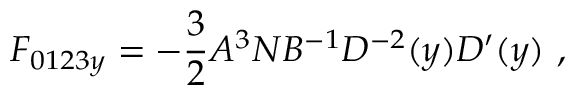
{ \cal F } _ { 0 1 2 3 y } = - { \frac { 3 } { 2 } } A ^ { 3 } N B ^ { - 1 } D ^ { - 2 } ( y ) D ^ { \prime } ( y ) \ ,